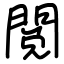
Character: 閲